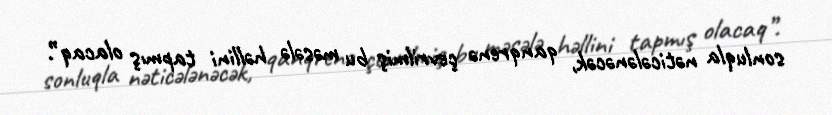
sonluqla nəticələnəcək, qanqrenə çevrilmiş bu məsələ həllini tapmış olacaq”.